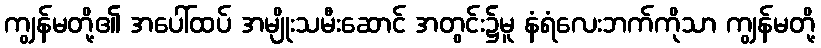
ကျွန်မတို့၏ အပေါ်ထပ် အမျိုးသမီးဆောင် အတွင်း၌မူ နံရံလေးဘက်ကိုသာ ကျွန်မတို့